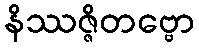
နိဿဇ္ဇိတဗ္ဗော